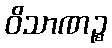
ဝိသာဏဉ္စ